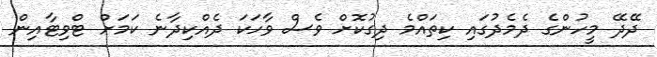
ދޭދޭ މީހުންގެ ދެމެދުގައި ކިތައްމެ ދިގުކޮށް ވެސް ވާހަކަ ދެއްކިދާނެ ކަމަށް ޓްވިޓާއިން